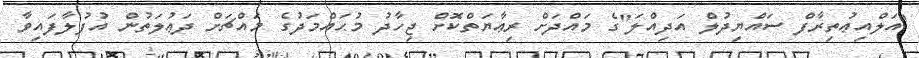
"އަލްއިޢުތިރާފް ސައްޔިދުލް އަދިއްލަ"ގެ މައްދަށް ރިޢާޔަތްކޮށް ޖިހާދު މުޙައްމަދުގެ މައްޗަށް ދަޢުލަތުން އުފުލާފައިވާ